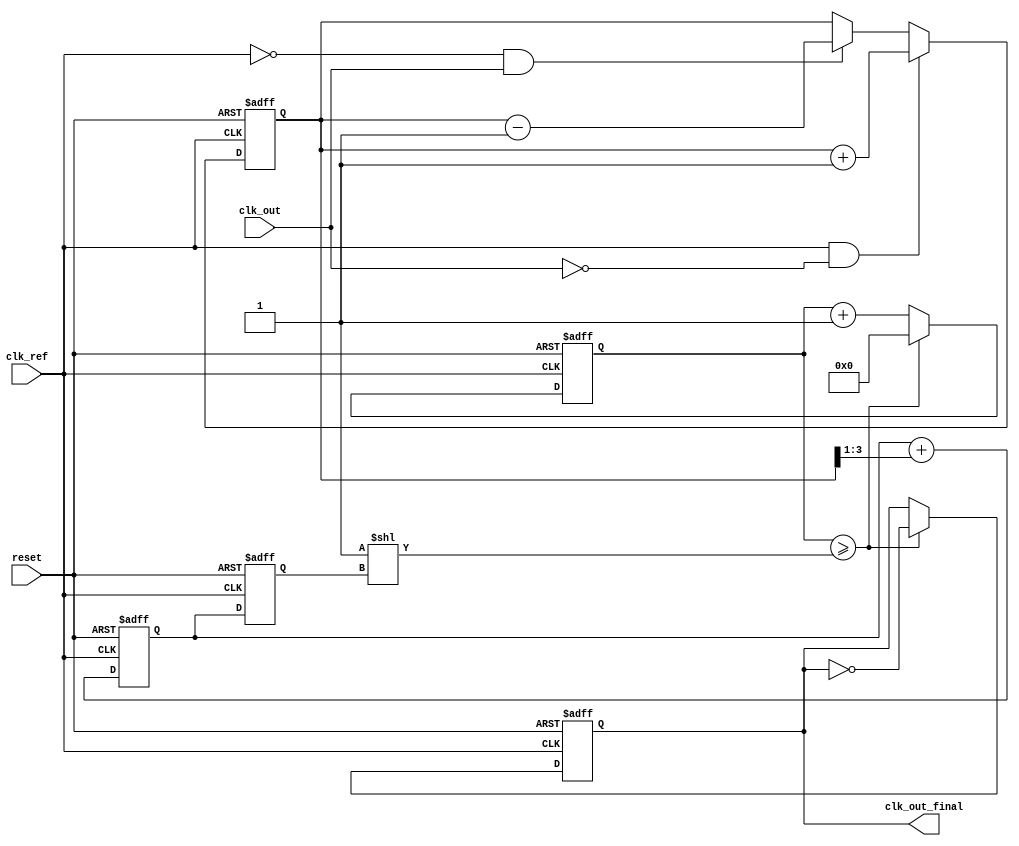
module adpll (
    input wire clk_ref,         // Reference clock input
    input wire clk_out,         // Output clock from DCO
    input wire reset,           // Asynchronous reset
    output reg clk_out_final    // Final output clock
);

    // Parameters
    parameter N = 8;            // Control word width
    parameter PHASE_ERROR_WIDTH = 4; // Phase error width

    // Internal signals
    reg [PHASE_ERROR_WIDTH-1:0] phase_error; // Phase error signal
    reg [N-1:0] control_signal;               // Control signal from LF
    reg [N-1:0] dco_frequency;                // DCO frequency control
    reg [N-1:0] dco_counter;                  // DCO counter

    // Phase Detector (PD)
    always @(posedge clk_ref or posedge reset) begin
        if (reset) begin
            phase_error <= 0;
        end else begin
            // Simple phase detection logic (example)
            if (clk_ref && !clk_out) begin
                phase_error <= phase_error + 1; // Phase lead
            end else if (!clk_ref && clk_out) begin
                phase_error <= phase_error - 1; // Phase lag
            end
        end
    end

    // Loop Filter (LF)
    always @(posedge clk_ref or posedge reset) begin
        if (reset) begin
            control_signal <= 0;
        end else begin
            // Simple low-pass filter implementation
            control_signal <= control_signal + (phase_error >> 1); // Adjust control signal
        end
    end

    // Frequency Synthesizer (DCO)
    always @(posedge clk_ref or posedge reset) begin
        if (reset) begin
            dco_frequency <= 0;
            dco_counter <= 0;
            clk_out_final <= 0;
        end else begin
            // Update DCO frequency based on control signal
            dco_frequency <= control_signal;

            // DCO counter logic to generate output clock
            dco_counter <= dco_counter + 1;
            if (dco_counter >= (1 << dco_frequency)) begin // Adjust frequency
                clk_out_final <= ~clk_out_final; // Toggle output clock
                dco_counter <= 0;
            end
        end
    end

endmodule